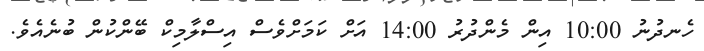
ހެނދުނު 10:00 އިން މެންދުރު 14:00 އަށް ކަމަށްވެސް އިސްލާމިކް ބޭންކުން ބުނެއެވެ.